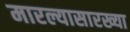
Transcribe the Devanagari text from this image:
मारल्यासारख्या